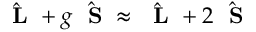
\hat { \mathrm { ~ \bf ~ L ~ } } + g \hat { \mathrm { ~ \bf ~ S ~ } } \approx \hat { \mathrm { ~ \bf ~ L ~ } } + 2 \hat { \mathrm { ~ \bf ~ S ~ } }